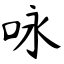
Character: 咏